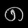
Digit: ၈